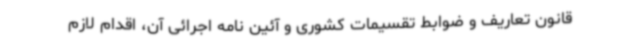
قانون تعاریف و ضوابط تقسیمات کشوری و آئین نامه اجرائی آن، اقدام لازم